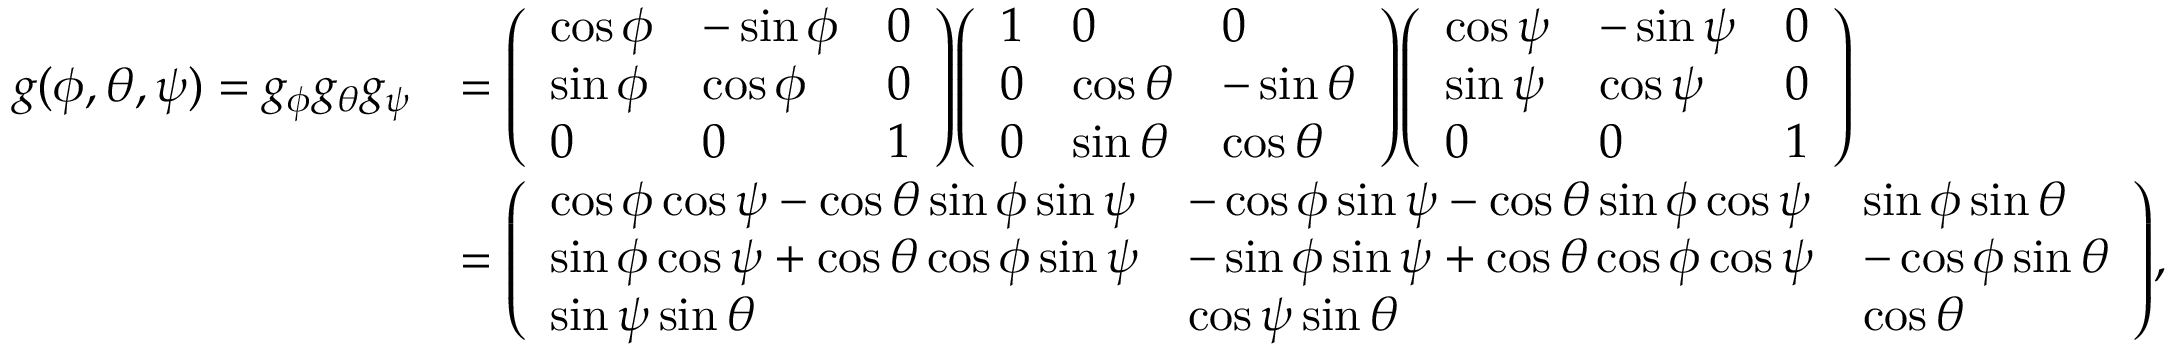
{ \begin{array} { r l } { g ( \phi , \theta , \psi ) = g _ { \phi } g _ { \theta } g _ { \psi } } & { = { \left( \begin{array} { l l l } { \cos \phi } & { - \sin \phi } & { 0 } \\ { \sin \phi } & { \cos \phi } & { 0 } \\ { 0 } & { 0 } & { 1 } \end{array} \right) } { \left( \begin{array} { l l l } { 1 } & { 0 } & { 0 } \\ { 0 } & { \cos \theta } & { - \sin \theta } \\ { 0 } & { \sin \theta } & { \cos \theta } \end{array} \right) } { \left( \begin{array} { l l l } { \cos \psi } & { - \sin \psi } & { 0 } \\ { \sin \psi } & { \cos \psi } & { 0 } \\ { 0 } & { 0 } & { 1 } \end{array} \right) } } \\ & { = { \left( \begin{array} { l l l } { \cos \phi \cos \psi - \cos \theta \sin \phi \sin \psi } & { - \cos \phi \sin \psi - \cos \theta \sin \phi \cos \psi } & { \sin \phi \sin \theta } \\ { \sin \phi \cos \psi + \cos \theta \cos \phi \sin \psi } & { - \sin \phi \sin \psi + \cos \theta \cos \phi \cos \psi } & { - \cos \phi \sin \theta } \\ { \sin \psi \sin \theta } & { \cos \psi \sin \theta } & { \cos \theta } \end{array} \right) } , } \end{array} }